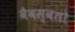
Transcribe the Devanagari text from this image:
वैवस्वतो